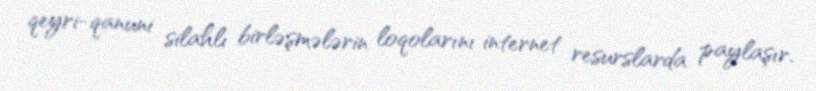
qeyri-qanuni silahlı birləşmələrin loqolarını internet resurslarda paylaşır.